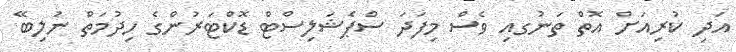
އަދި ކުރިއަށް އޮތް ތަނުގއި ވެސް މިފަދަ ސްޕެޝަލިސްޓް ޑޮކްޓަރުންގެ ހިދުމަތް ނުލިބޭ